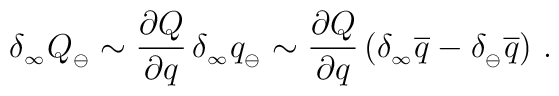
\delta_{_\infty} Q_{_{\ominus}}\sim{\partial Q\over\partial q}\,\delta_{_\infty} q_{_{\ominus}} \sim {\partial Q\over\partial q}\,\big(\delta_{_\infty}\overline{q}-\delta_{_\ominus}\overline{q}\big) \ .